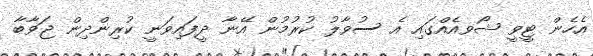
އެހެން ޓީވީ ޝޯވއެއްގައި އެ ސުވާލު ކުރުމުން އޭނާ ދީފައިވަނީ ކުރިންދިން ޖަވާބާ